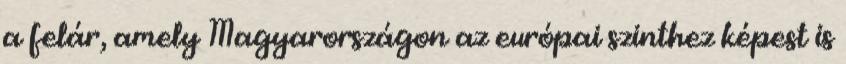
a felár, amely Magyarországon az európai szinthez képest is